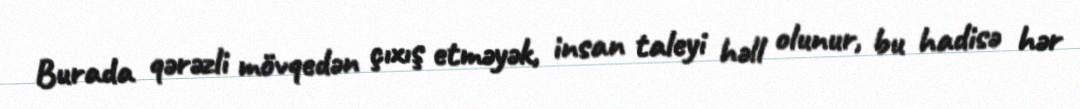
Burada qərəzli mövqedən çıxış etməyək, insan taleyi həll olunur, bu hadisə hər